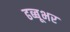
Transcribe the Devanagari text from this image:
ढब्बूभर